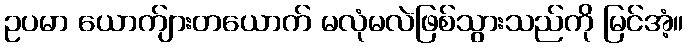
ဥပမာ ယောက်ျားတယောက် မလုံမလဲဖြစ်သွားသည်ကို မြင်အံ့။